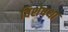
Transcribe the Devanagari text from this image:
विशेषथा